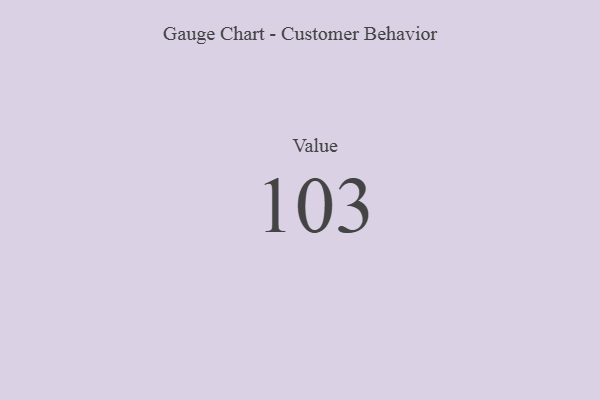
{"axis": {"x": "Metric", "y": "Value"}, "legend": [""], "data": [{"x": "Value", "y": 103, "type": ""}]}